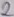
Text: 2